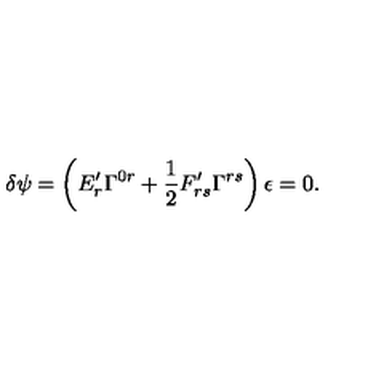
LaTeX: \delta \psi = \left( E _ { r } ^ { \prime } \Gamma ^ { 0 r } + \frac { 1 } { 2 } F _ { r s } ^ { \prime } \Gamma ^ { r s } \right) \epsilon = 0 .